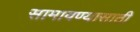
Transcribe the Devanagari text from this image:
सामावण्यासाठी